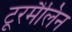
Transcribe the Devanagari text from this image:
टूरमैलिन